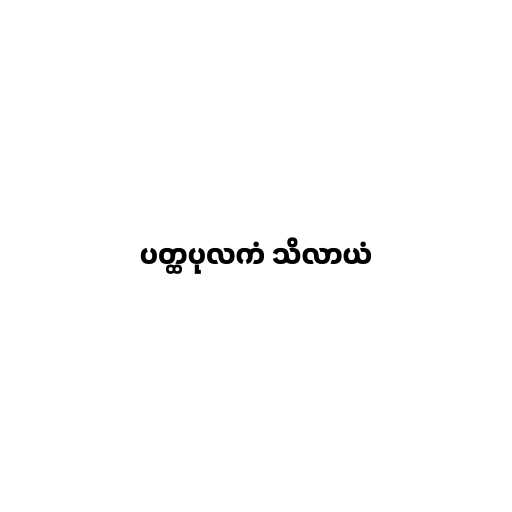
ပတ္ထပုလကံ သိလာယံ